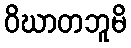
ဝိဃာတဘူမိ